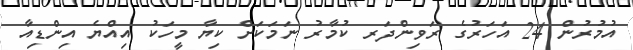
އުމުރުން 24 އަހަރުގެ ރަވިންދަރ ކުމާރު ނަމަކަށް ކިޔާ މީހަކު އިއްޔެ އިންޑިއާ